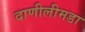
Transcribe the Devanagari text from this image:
दाणीलीमडा